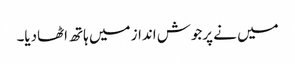
میں نے پرجوش انداز میں ہاتھ اٹھادیا۔